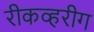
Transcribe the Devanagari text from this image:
रीकव्हरीग